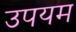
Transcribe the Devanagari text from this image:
उपयम